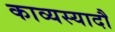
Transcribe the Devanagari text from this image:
काव्यस्यादौ